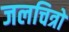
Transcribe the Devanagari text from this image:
जलचित्रों